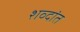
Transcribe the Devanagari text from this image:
शव्दांत